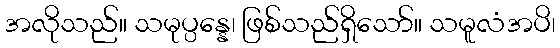
အလိုသည်။ သမုပ္ပန္နေ၊ ဖြစ်သည်ရှိသော်။ သမူလံအပိ၊